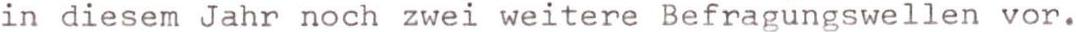
in diesem Jahr noch zwei weitere Befragungswellen vor.